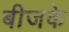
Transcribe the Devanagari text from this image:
बीजके